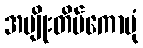
အမျိုးတိမ်ကောပုံ